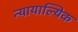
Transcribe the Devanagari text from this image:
न्यायाल्यिक